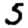
Digit: 5